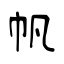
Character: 帆